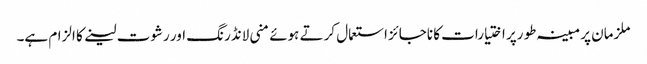
ملزمان پر مبینہ طو رپر اختیارات کا ناجائز استعمال کرتے ہوئے منی لانڈرنگ اور رشوت لینے کا الزام ہے۔